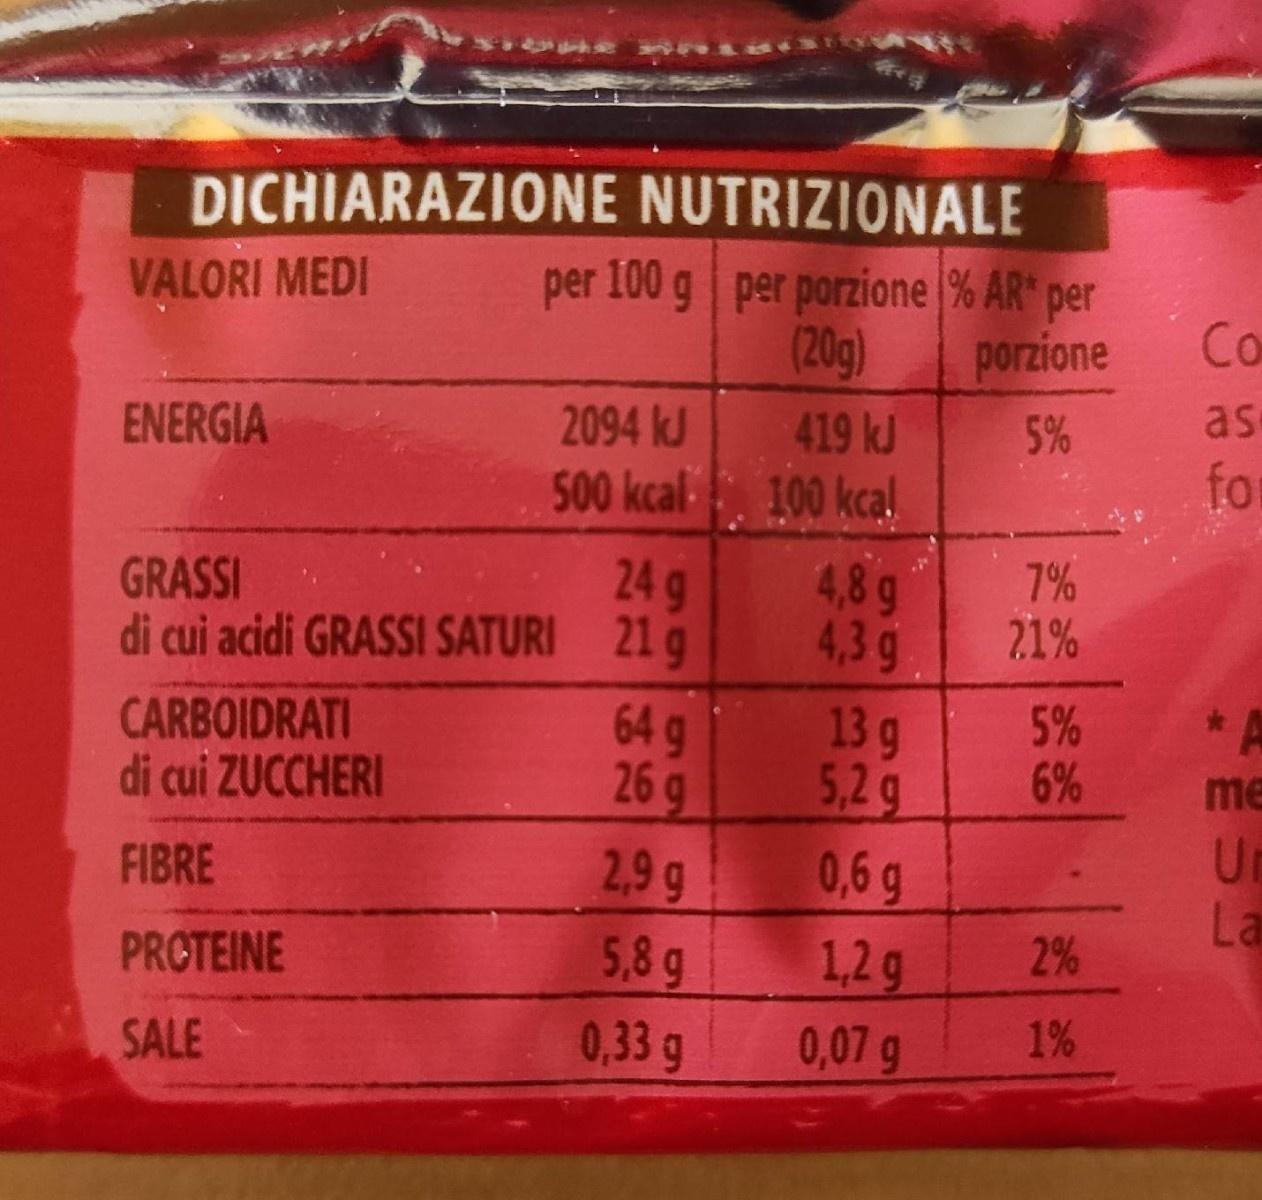
DICHIARAZIONE NUTRIZIONALE
per 100 g per porzione % AR" per (20g)
VALORI MEDI
porzione
Co
ENERGIA
2094 kJ
419 kJ
5%
as
500 kcal 100 kcal
fo
GRASSI di cui acidi GRASSI SATURI 21 g
24 g
4,8g 4,3g
7%
21%
CARBOIDRATI di cui ZUCCHERI
64 g 26 g
13g
5% 6%
5,2g
me
FIBRE
2,9 g
0,6 g
La
5,8g 0,33 g
PROTEINE
2%
1,2g 0,07 g
SALE
1%